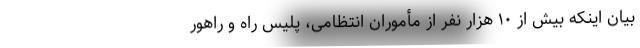
بیان اینکه بیش از ۱۰ هزار نفر از مأموران انتظامی، پلیس راه و راهور